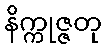
နိက္ကုဇ္ဇတု